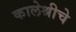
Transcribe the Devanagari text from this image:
कालेश्रीचे